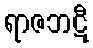
ရာဇဘဋီ